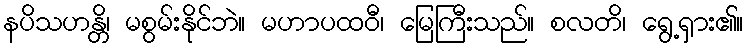
နပိသဟန္တိ၊ မစွမ်းနိုင်ဘဲ။ မဟာပထဝီ၊ မြေကြီးသည်။ စလတိ၊ ရွေ့ရှား၏။